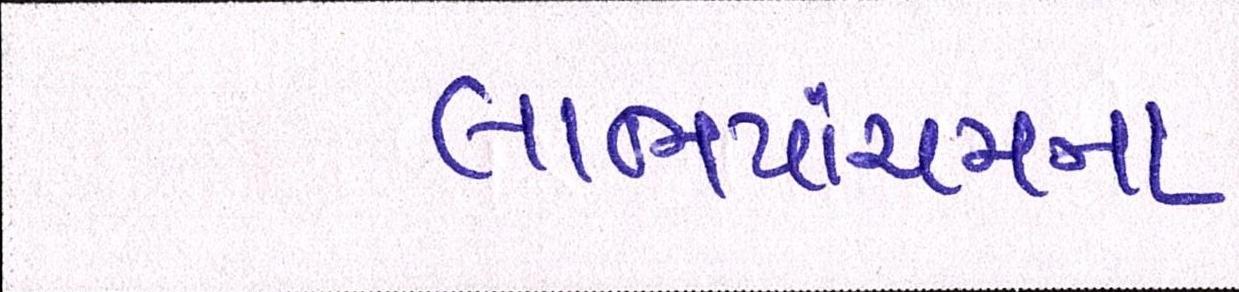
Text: લાભપાંચમના